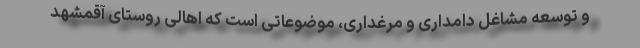
و توسعه مشاغل دامداری و مرغداری، موضوعاتی است که اهالی روستای آقمشهد